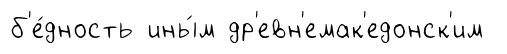
б'е́дность ины́м др'евн'емак'едонск'им